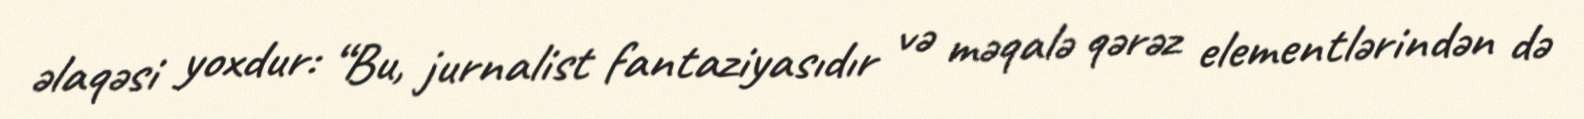
əlaqəsi yoxdur: “Bu, jurnalist fantaziyasıdır və məqalə qərəz elementlərindən də